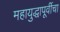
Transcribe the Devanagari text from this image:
महायुद्धापूर्वीचा